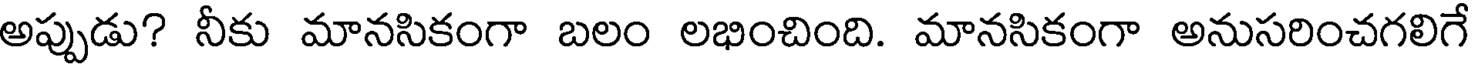
అప్పుడు? నీకు మానసికంగా బలం లభించింది. మానసికంగా అనుసరించగలిగే